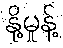
နို့မှုန့်